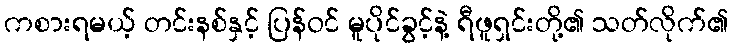
ကစားရမယ့် တင်းနစ်နှင့် ပြန်ဝင် မူပိုင်ခွင့်နဲ့ ရီဖူရှင်းတို့၏ သတ်လိုက်၏